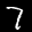
Label: 7